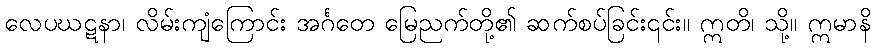
လေပဃဋနာ၊ လိမ်းကျံကြောင်း အင်္ဂတေ မြေညက်တို့၏ ဆက်စပ်ခြင်း၎င်း။ ဣတိ၊ သို့။ ဣမာနိ